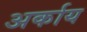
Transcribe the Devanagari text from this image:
अर्काय